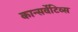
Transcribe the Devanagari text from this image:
कान्सर्वेटिव्स